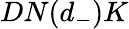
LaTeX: DN(d_{-})K